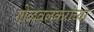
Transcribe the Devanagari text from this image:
गोळवलकरांच्या